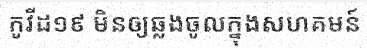
កូវីដ១៩ មិនឲ្យឆ្លងចូលក្នុងសហគមន៍